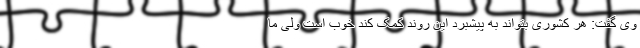
وی گفت: هر کشوری بتواند به پیشبرد این روند کمک کند خوب است ولی ما